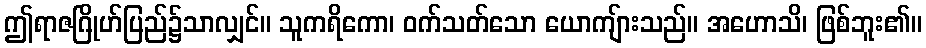
ဤရာဇဂြိုဟ်ပြည်၌သာလျှင်။ သူကရိကော၊ ဝက်သတ်သော ယောကျ်ားသည်။ အဟောသိ၊ ဖြစ်ဘူး၏။